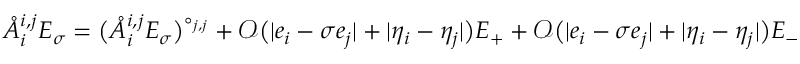
\mathring { A } _ { i } ^ { { i , j } } E _ { \sigma } = \big ( \mathring { A } _ { i } ^ { { i , j } } E _ { \sigma } \big ) ^ { \circ _ { j , j } } + \mathcal { O } \big ( | e _ { i } - \sigma e _ { j } | + | \eta _ { i } - \eta _ { j } | \big ) E _ { + } + \mathcal { O } \big ( | e _ { i } - \sigma e _ { j } | + | \eta _ { i } - \eta _ { j } | \big ) E _ { - }